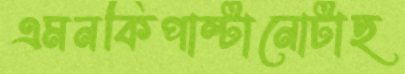
এমনকিপাল্টানোটাছ